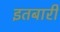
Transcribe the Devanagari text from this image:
इतबारी